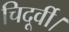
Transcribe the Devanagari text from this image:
चिदूर्वी।